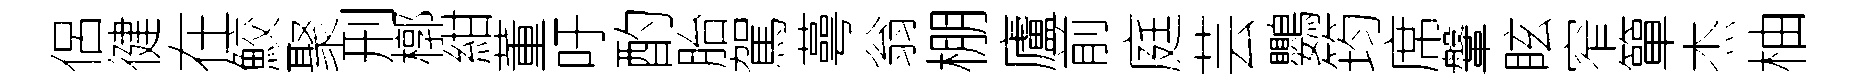
侶徤在鮫聚刑槨紺董吁酌胎駕蕚翁棚廬前庭芸鸚筠席鞶眩窄簞杰柚